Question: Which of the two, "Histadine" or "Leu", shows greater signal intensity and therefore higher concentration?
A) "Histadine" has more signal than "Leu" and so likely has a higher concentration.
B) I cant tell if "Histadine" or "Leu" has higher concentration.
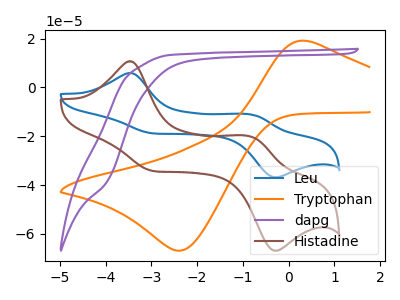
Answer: <think>The blue curve "Leu" has anodic peaks at (-3.50V, 5.85uA) (-0.80V, -11.15uA) and cathodic peaks at (-2.90V, -18.90uA) (-0.25V, -36.80uA). The orange curve "Tryptophan" has an anodic peak at (0.40V, 18.95uA) and a cathodic peak at (-2.35V, -66.90uA). The purple curve "dapg" has no peaks. The brown curve "Histadine" has anodic peaks at (-3.50V, 10.65uA) (-0.80V, -20.25uA) and cathodic peaks at (-2.90V, -34.35uA) (-0.25V, -66.85uA).
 All the peaks in "Histadine" have a peak in "Leu" at the same potential.</think>
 <answer>B) I cant tell if "Histadine" or "Leu" has higher concentration.</answer>
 <eval>B</eval>